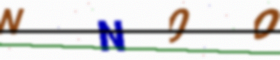
Text: NN0O